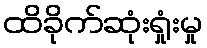
ထိခိုက်ဆုံးရှုံးမှု